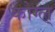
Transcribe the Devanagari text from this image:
कोग्ल्